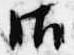
御